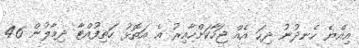
އިއްޔެ ހެނދުނު ދިހަ އެއް ޖަހާކަށްހާއިރު އެ އަތޮޅު ހަތިފުއްޓާ ދިމާލުން 46